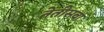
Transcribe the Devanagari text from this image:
तेतीसवां